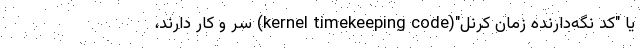
یا "کد نگه‌دارنده زمان کرنل"(kernel timekeeping code) سر و کار دارند،